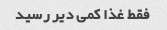
فقط غذا کمی دیر رسید